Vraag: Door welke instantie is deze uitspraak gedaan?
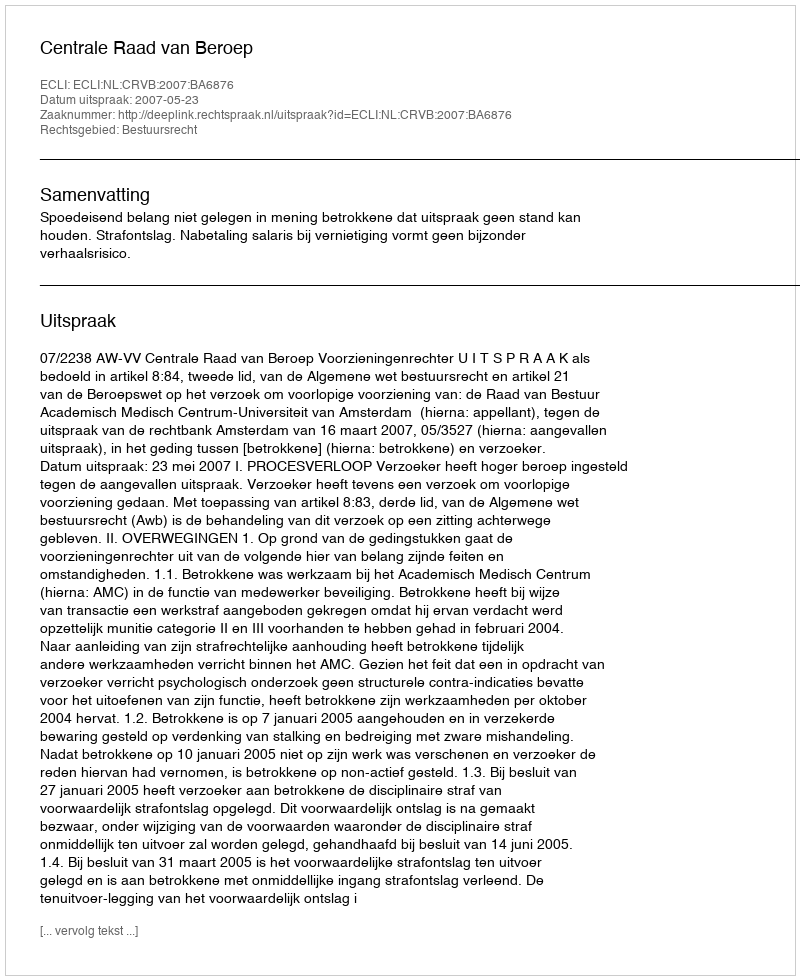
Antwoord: Centrale Raad van Beroep